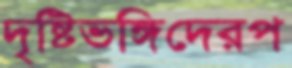
দৃষ্টিভঙ্গিদেরপ